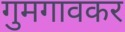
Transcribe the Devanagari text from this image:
गुमगावकर